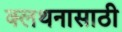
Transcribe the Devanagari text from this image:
क्लथनासाठी